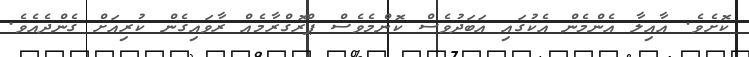
ކޮށެވެ. އާއިލާ އެންމެން އެކުގައި އަބަދުވެސް ކޮންމެވެސް ޕްރޮގްރާމެއް ރާވައިގެން ކުރިއަށް ގެންދެއެވެ.